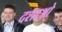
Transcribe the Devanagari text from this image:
दशाओ